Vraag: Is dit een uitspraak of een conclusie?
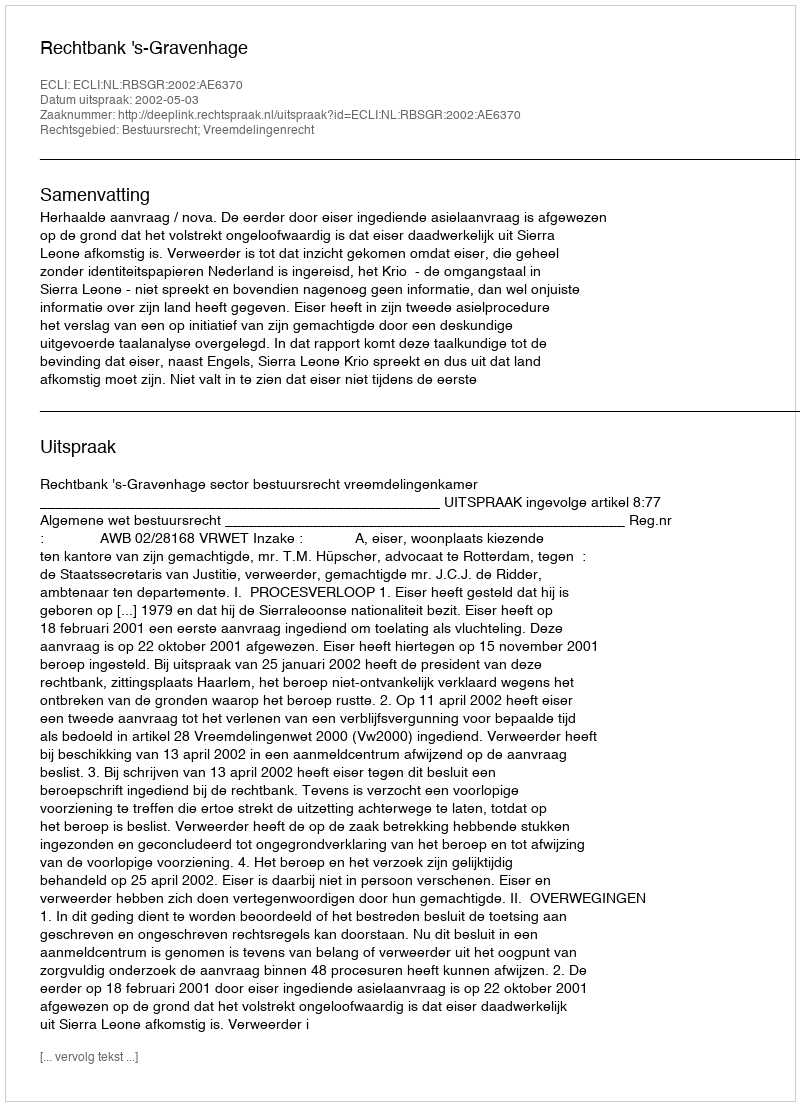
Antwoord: Uitspraak